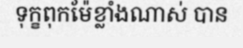
ទុក្ខពុកម៉ែខ្លាំងណាស់ បាន